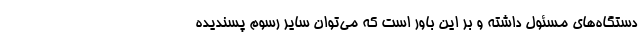
دستگاه‌های مسئول داشته و بر این باور است که می‌توان سایر رسوم پسندیده